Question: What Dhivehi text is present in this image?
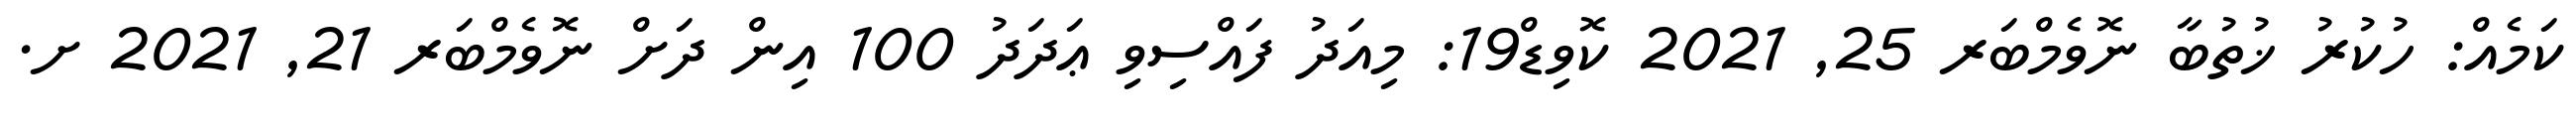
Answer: ކަމެއް: ހުކުރު ޚުތުބާ ނޮވެމްބަރ 25, 2021 ކޮވިޑް19: މިއަދު ފައްސިވި ޢަދަދު 100 އިން ދަށް ނޮވެމްބަރ 21, 2021 ށ.